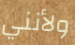
ولأنني